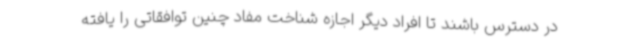
در دسترس باشند تا افراد دیگر اجازه شناخت مفاد چنین توافقاتی را یافته